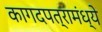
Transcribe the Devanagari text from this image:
कागदपत्रामंध्ये